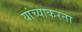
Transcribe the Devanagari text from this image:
यांच्याकरता